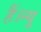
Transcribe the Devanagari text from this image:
हैं।न्यू